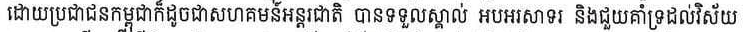
ដោយប្រជាជនកម្ពុជាក៏ដូចជាសហគមន៍អន្តរជាតិ បានទទួលស្គាល់ អបអរសាទរ និងជួយគាំទ្រដល់វិស័យ